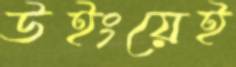
উইংয়েই